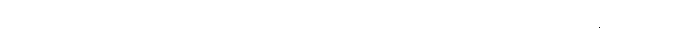
သူ့အား ကုလားထိုင်တွင် ထိုင်စေပြီး လူနှစ်ယောက် ထမ်း၍ သယ်ယူနေရသည်။